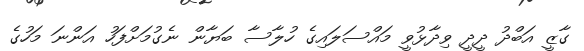
ގާޒީ އަބްދު ދީދީ ވިދާޅުވީ މައްސަލައިގެ ހުލާސާ ބަޔާން ނެގުމަށްފަހު އަންނަ މަހުގެ